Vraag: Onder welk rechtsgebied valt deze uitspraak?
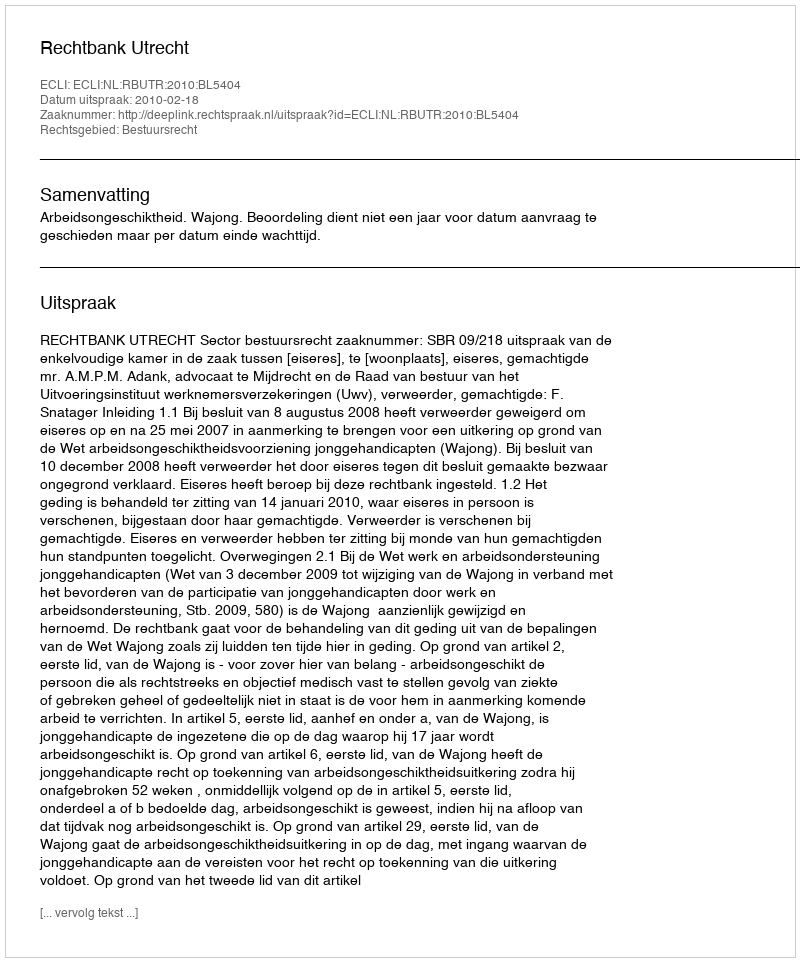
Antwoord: Bestuursrecht